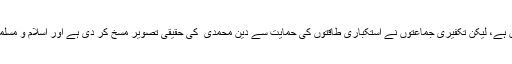
اسلام امن و آشتی اور تحفظ کا دین ہے، لیکن تکفیری جماعتوں نے استکباری طاقتوں کی حمایت سے دین محمدی ؐ کی حقیقی تصویر مسخ کر دی ہے اور اسلام و مسلمین کو جہان میں بدنام کر دیا ہے۔